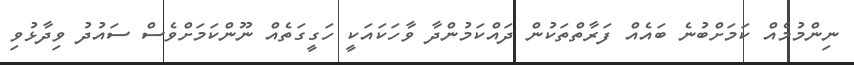
ނިންމުމެއް ކަމަށްބުނެ ބައެއް ފަރާތްތަކުން ދައްކަމުންދާ ވާހަކައަކީ ހަގީގަތެއް ނޫންކަމަށްވެސް ސައުދު ވިދާޅުވި